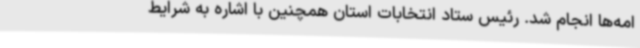
امه‌ها انجام شد. رئیس ستاد انتخابات استان همچنین با اشاره به شرایط